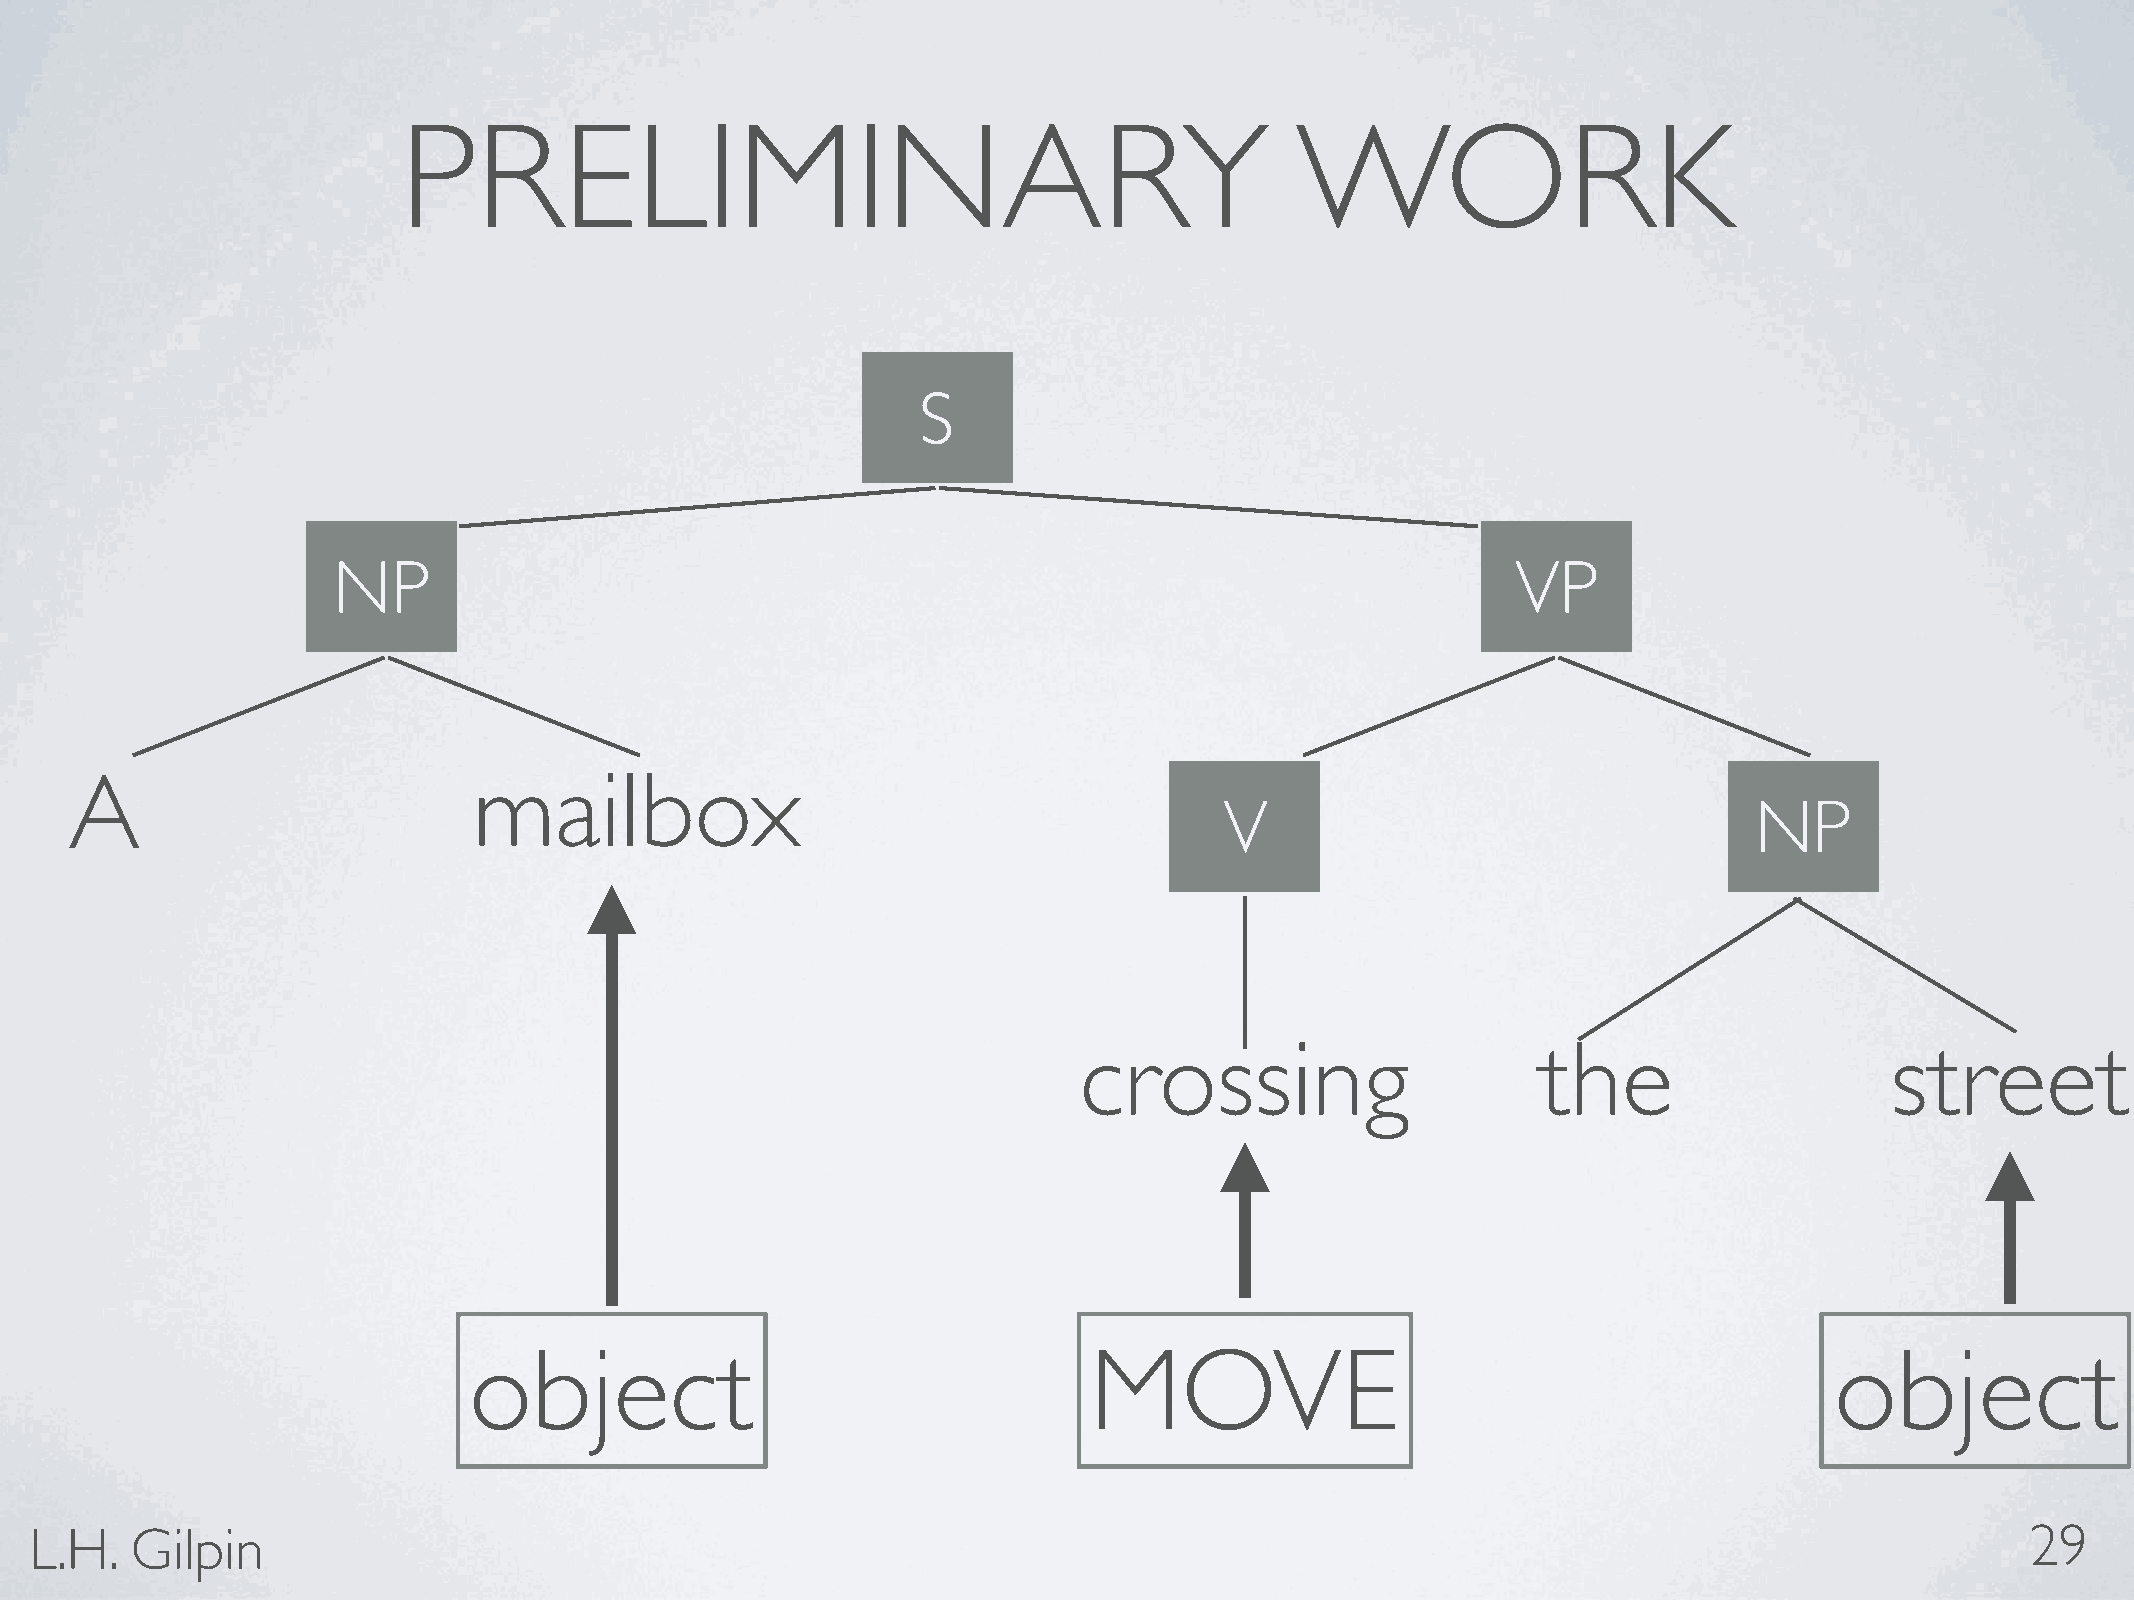
PRELIMINARY                                                 WORK
 S
 NP                                                                            VP
 A                         mailbox
 V                                  NP
 crossing                       the                    street
 object                                   MOVE                                             object
 L.H.   Gilpin                                                                                                                       29